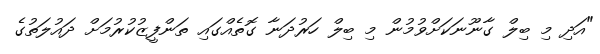
"އަދި މި ބިލް ގާނޫނަކަށްވުމުން މި ބިލް ހަރުދަނާ ގޮތެއްގައި ތަންފީޒުކުރުމަށް ދައުލަތުގެ